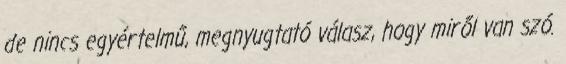
de nincs egyértelmű, megnyugtató válasz, hogy miről van szó.